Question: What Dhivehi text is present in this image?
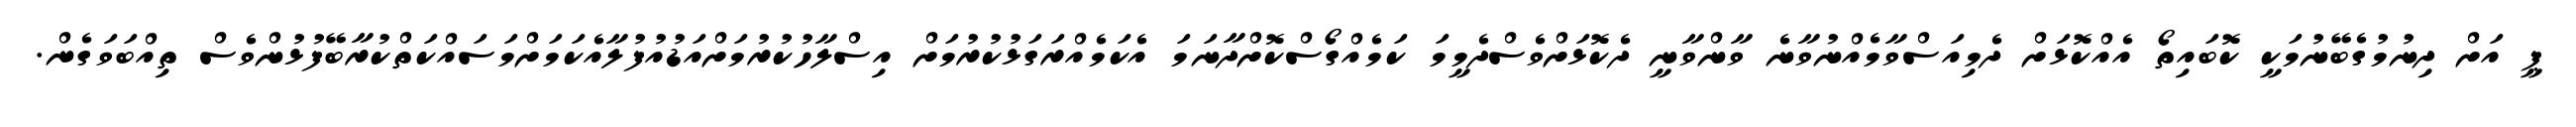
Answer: ޕީ އަށް ދިނުމުގެބޭނުމަކީ ކޮބައިތޯ އެއްކޮޅަށް ދެމިއަސްވާމެއްނުވާނެ ވާންވާނީ ދެކޮޅަށްވެސްދެމީމަ ކަމެއްގޯސްކޮށްދާނަމަ އެކަމެއްރަގަޅުކުރުމަށް އިސްލާހުކުރުމަށްއަޑުއުފުލާއެކަމަށްމަސައްކަތްކުރާބޭފުޅުންވެސް ތިއްބަވަގެން.